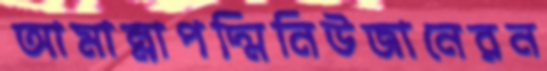
আমান্নাপদ্মিনিউজানেরন